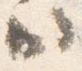
ハ